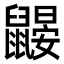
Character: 鼹